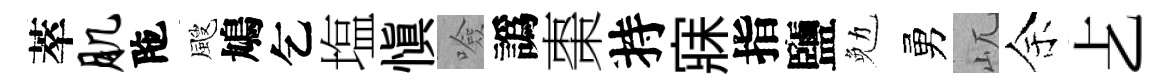
萃肌陁颼鳩乞塩慎噞譌棗持寐指鹽勉勇屼余𠧒